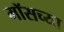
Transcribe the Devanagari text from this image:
मॉसच्या